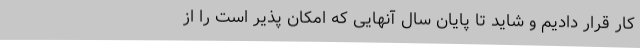
کار قرار دادیم و شاید تا پایان سال آنهایی که امکان پذیر است را از